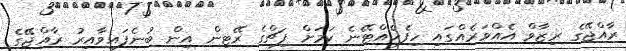
ރާއްޖޭގެ ރިޒާވް އެއްވަރެއްގައި ހިފެހެއްޓޭނެ ކަމަށް ފިޗްގެ ރޭޓިން އިން ބުނެފައިވާއިރު ރާއްޖޭގެ